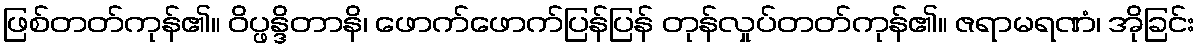
ဖြစ်တတ်ကုန်၏။ ဝိပ္ဖန္ဒိတာနိ၊ ဖောက်ဖောက်ပြန်ပြန် တုန်လှုပ်တတ်ကုန်၏။ ဇရာမရဏံ၊ အိုခြင်း